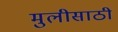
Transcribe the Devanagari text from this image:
मुलीसाठी